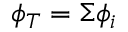
\phi _ { T } = \Sigma \phi _ { i }